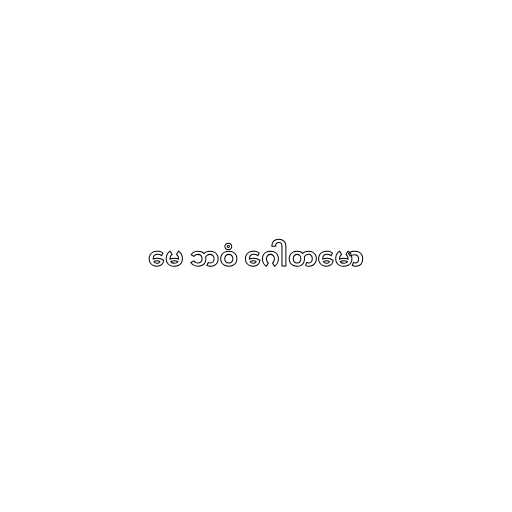
မေ ဘဝံ ဂေါတမော